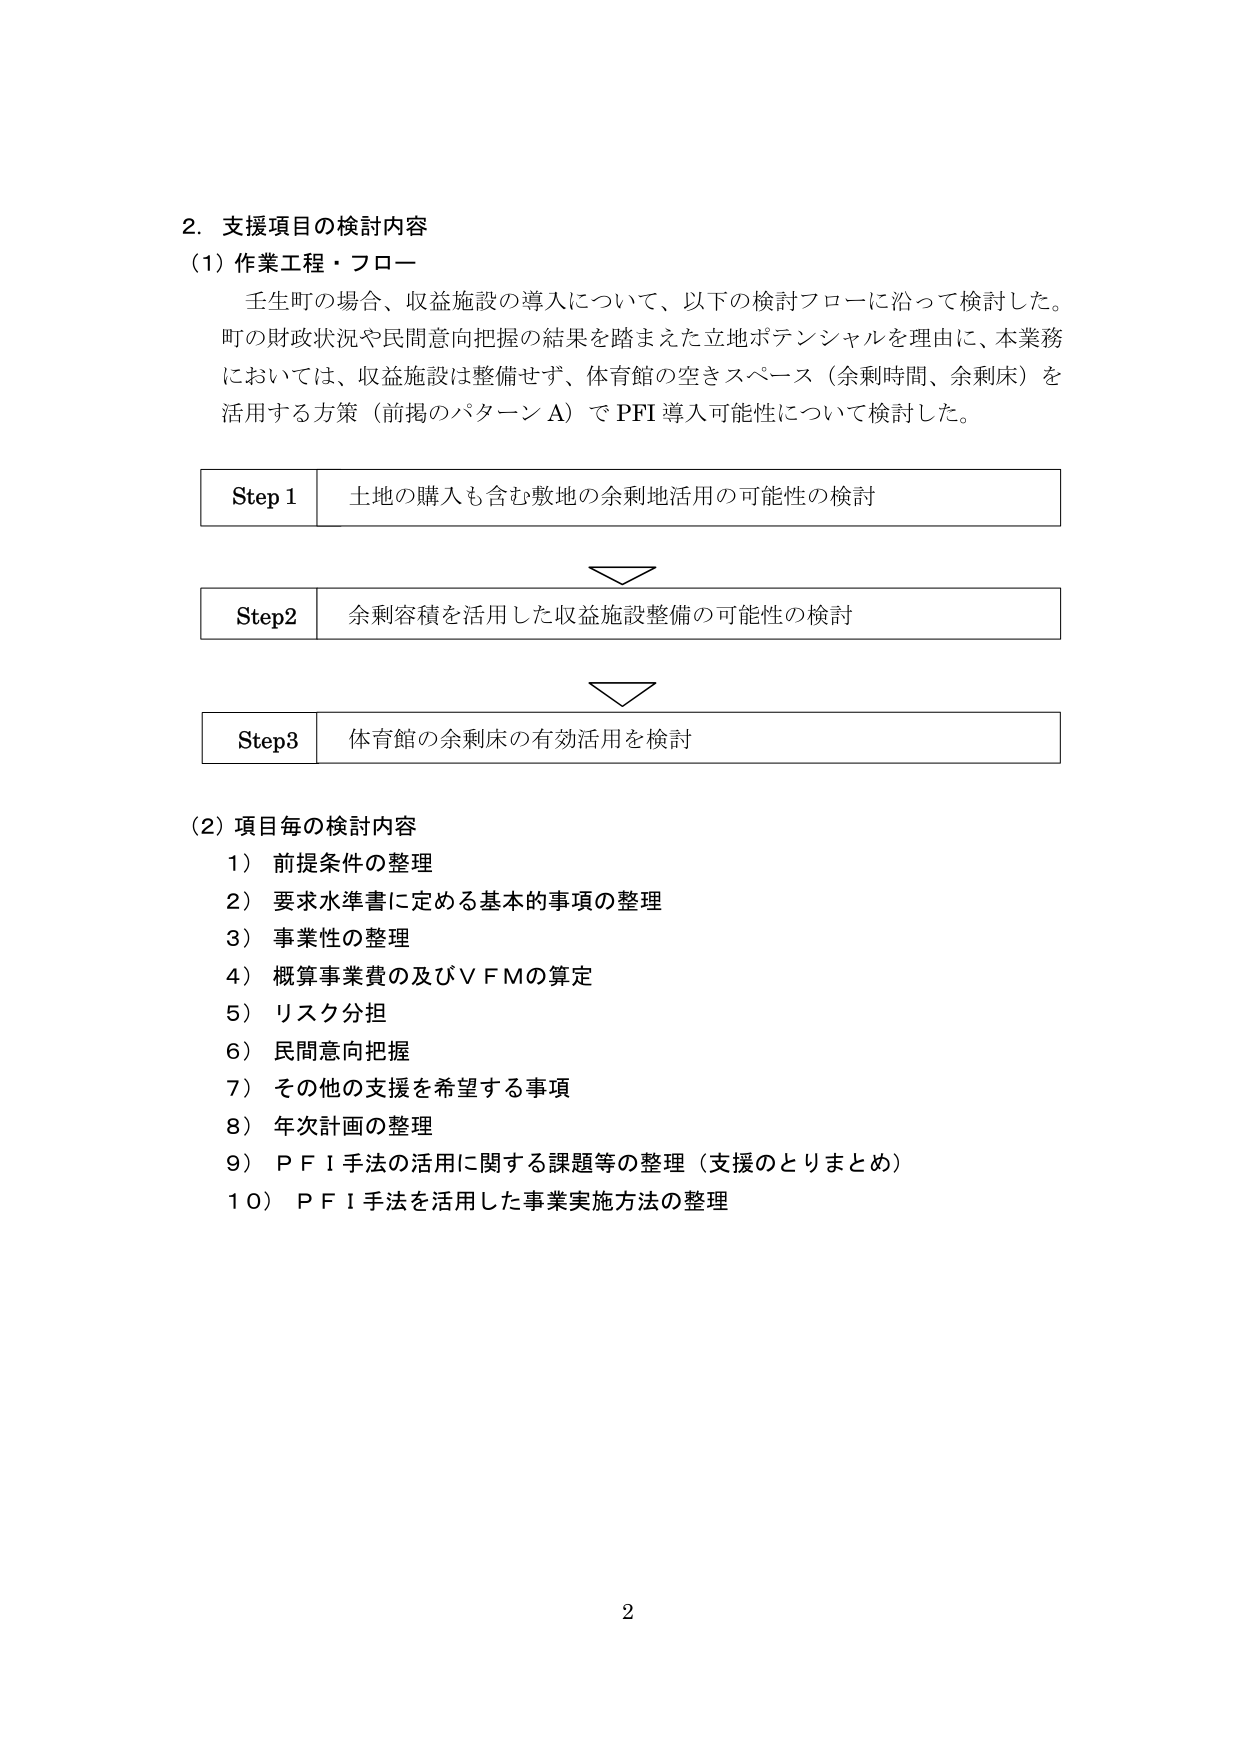
2. 支援項目の検討内容
(1) 作業工程・フロー
壬生町の場合、収益施設の導入について、以下の検討フローに沿って検討した。
町の財政状況や民間意向把握の結果を踏まえた立地ポテンシャルを理由に、本業務
においては、収益施設は整備せず、体育館の空きスペース（余剰時間、余剰床）を
活用する方策（前掲のパターン A）で PFI 導入可能性について検討した。

Step 1 土地の購入も含む敷地の余剰地活用の可能性の検討
↓
Step 2 余剰容積を活用した収益施設整備の可能性の検討
↓
Step 3 体育館の余剰床の有効活用を検討

(2) 項目毎の検討内容
1）前提条件の整理
2）要求水準書に定める基本的事項の整理
3）事業性の整理
4）概算事業費の及びＶＦＭの算定
5）リスク分担
6）民間意向把握
7）その他の支援を希望する事項
8）年次計画の整理
9）ＰＦＩ手法の活用に関する課題等の整理（支援のとりまとめ）
10）ＰＦＩ手法を活用した事業実施方法の整理

2